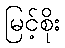
မြင့်စိုး